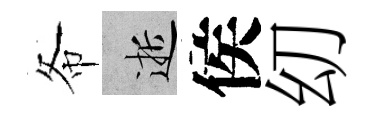
𢁙逝侯㓜